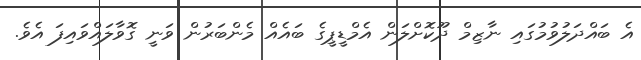
އެ ބައްދަލުވުމުގައި ނާޒިމް ދޫކޮށްލަން އެމްޑީޕީގެ ބައެއް މެންބަރުން ވަނީ ގޮވާލައްވައިފަ އެވެ.